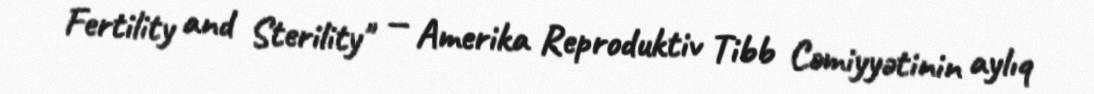
Fertility and Sterility" — Amerika Reproduktiv Tibb Cəmiyyətinin aylıq